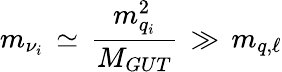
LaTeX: m_{{\nu}_{i}}\, \simeq\, {\frac{m_{q_{i}}^{2}}{M_{GUT}}}\, \gg\, m_{q,\ell}